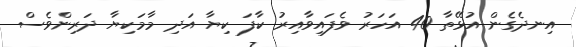
އިނދެގެން އުޅޭތާ 40 އަހަރު ވެފައިވާއިރު ކާފަ ކިޔާ އަދި މާމަކިޔާ ދަރިންވެސް